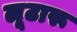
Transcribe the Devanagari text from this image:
लूटारू